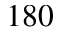
1 8 0